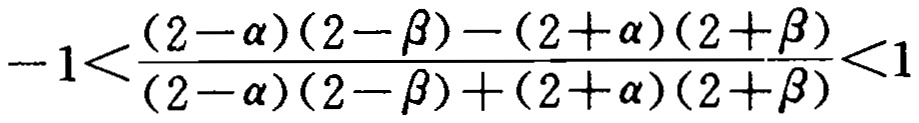
\(-1<\frac{(2 - \alpha)(2 - \beta) - (2 + \alpha)(2 + \beta)}{(2 - \alpha)(2 - \beta) + (2 + \alpha)(2 + \beta)}<1\)